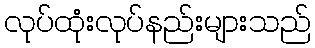
လုပ်ထုံးလုပ်နည်းများသည်